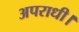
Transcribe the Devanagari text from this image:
अपराधी।